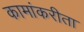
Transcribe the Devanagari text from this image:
कामांकरीता